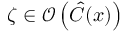
\zeta \in \mathcal { O } \left( \hat { C } ( x ) \right)